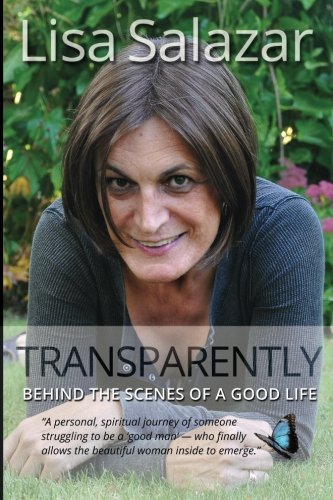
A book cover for Transparently: Behind the Scenes of a Good Life; Lisa S. Salazar; Gay & Lesbian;